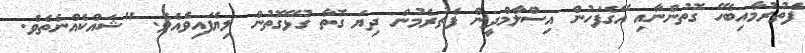
ފެތުރުމާއިބެހޭ ގޮތުންނާއި އޭގެފަހުން އިސްލާމްދީން ފެތުރެމުން ދިޔަ ގޮތާ ގުޅޭގޮތުން ލިޔެފައިވެއެވެ. "ޝައްކެއްނެތެވެ.